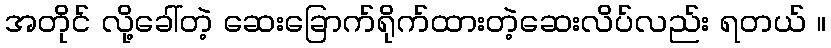
အတိုင် လို့ခေါ်တဲ့ ဆေးခြောက်ရိုက်ထားတဲ့ဆေးလိပ်လည်း ရတယ် ။